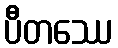
ပီတဿေ